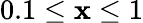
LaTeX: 0.1\leq\mathbf{x}\leq1